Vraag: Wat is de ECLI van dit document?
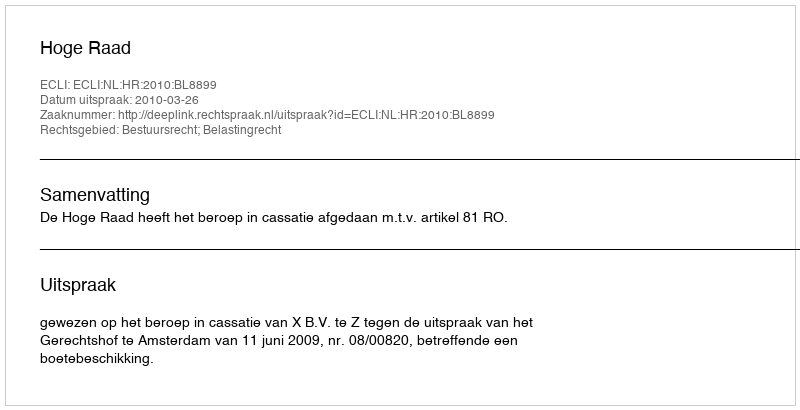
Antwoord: ECLI:NL:HR:2010:BL8899